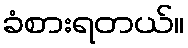
ခံစားရတယ်။